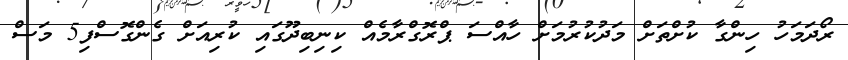
ރޯދަމަހު ހިންގާ ކުށްތަށް މަދުކުރުމަށް ހާއްސަ ޕްރޮގްރާމެއް ކިނިބިދޫގައި ކުރިއަށް ގެންގޮސްފި5 މަސް